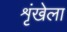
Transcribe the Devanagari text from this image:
शृंखेला